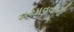
મચાવવાની